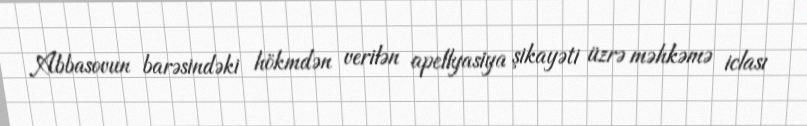
Abbasovun barəsindəki hökmdən verilən apellyasiya şikayəti üzrə məhkəmə iclası